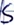
Text: S